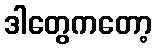
ဒါတွေကတော့